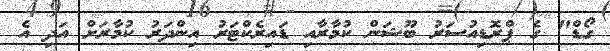
ގޯޑް" ގެ ޕްރޮޑިއުސަރު ބޫޝަން ކުމާރާއި ޑައިރެކްޓަރު އިންދަރު ކުމާރަށް އަދި އެ